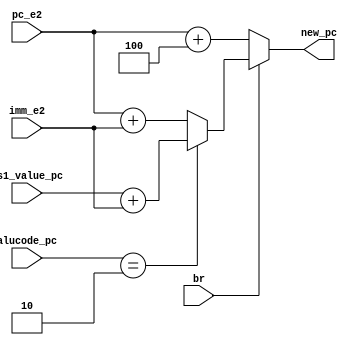
module pc_update( // 完成。
    input wire br,
    input wire [31:0] imm_e2,
    input wire [31:0] pc_e2,
    input wire [5:0] alucode_pc,
    input wire [31:0] rs1_value_pc,
    output wire [31:0] new_pc
);
    function [31:0] find_pc;
    input br;
    input [31:0] imm_e2;
    input [31:0] pc_e2;
    input [5:0] alucode_pc;
    input [31:0] rs1_value_pc;
    begin
        if (br) begin
            if (alucode_pc == 6'd2) find_pc = rs1_value_pc + imm_e2; //  - 32'h8000
            else find_pc = pc_e2 + imm_e2;
        end
        else find_pc = pc_e2 + +32'h4;
    end
    endfunction

    assign new_pc = find_pc(br, imm_e2, pc_e2, alucode_pc, rs1_value_pc);

endmodule